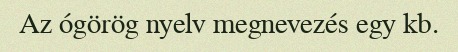
Az ógörög nyelv megnevezés egy kb.